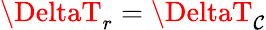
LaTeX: \DeltaT_{r}=\DeltaT_{\mathcal{C}}